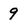
Character: 9